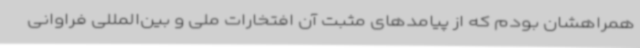
همراهشان بودم که از پیامدهای مثبت آن افتخارات ملی و بین‌المللی فراوانی